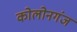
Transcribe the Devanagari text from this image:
कोलोनगंज